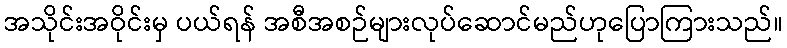
အသိုင်းအဝိုင်းမှ ပယ်ရန် အစီအစဉ်များလုပ်ဆောင်မည်ဟုပြောကြားသည်။